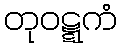
တုဝဋ္ဋကံ